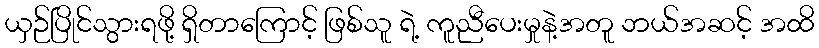
ယှဉ်ပြိုင်သွားရဖို့ ရှိတာကြောင့် ဖြစ်သူ ရဲ့ ကူညီပေးမှုနဲ့အတူ ဘယ်အဆင့် အထိ